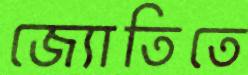
জ্যোতিতে